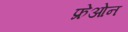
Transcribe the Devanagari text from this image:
फ्रेओन